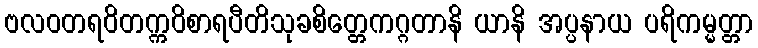
ဗလဝတရဝိတက္ကဝိစာရပီတိသုခစိတ္တေကဂ္ဂတာနိ ယာနိ အပ္ပနာယ ပရိကမ္မတ္တာ